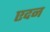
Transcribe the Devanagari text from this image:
एदन